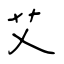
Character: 艾